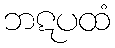
ဘဋပထံ